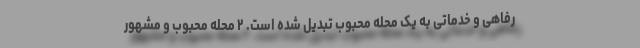
رفاهی و خدماتی به یک محله محبوب تبدیل شده است. ۲ محله محبوب و مشهور